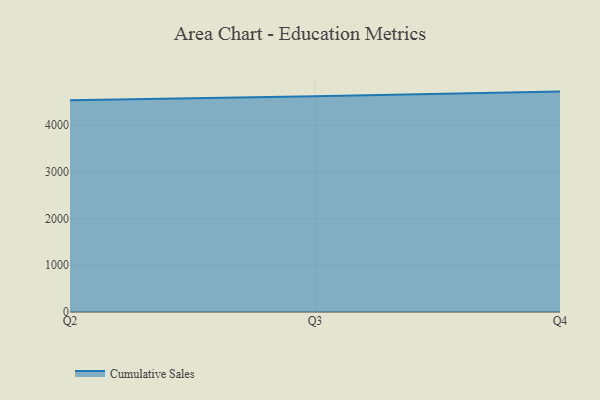
{"axis": {"x": "Quarter", "y": "Gross Profit (USD K)"}, "legend": ["Cumulative Sales"], "data": [{"x": "Q2", "y": 4534.0, "type": "Cumulative Sales"}, {"x": "Q3", "y": 4617.2, "type": "Cumulative Sales"}, {"x": "Q4", "y": 4718.0, "type": "Cumulative Sales"}]}